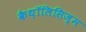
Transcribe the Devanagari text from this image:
कैथ़ॉलिसिज़्म